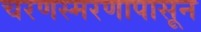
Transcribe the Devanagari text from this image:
चरणस्मरणापासून